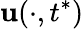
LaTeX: \mathbf{u}(\cdot,t^{*})